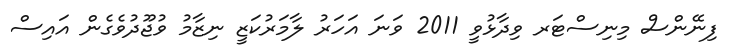
ފިނޭންސް މިނިސްޓަރ ވިދާޅުވީ 2011 ވަނަ އަހަރު ލާމަރުކަޒީ ނިޒާމު ވުޖޫދުވެގެން އައިސް